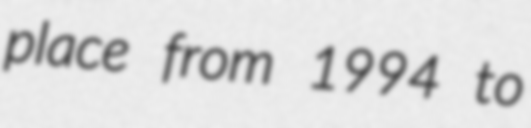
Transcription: place from 1994 to